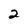
Character: 2